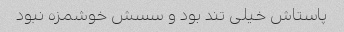
پاستاش خیلی تند بود و سسش خوشمزه نبود